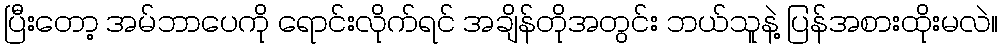
ပြီးတော့ အမ်ဘာပေကို ရောင်းလိုက်ရင် အချိန်တိုအတွင်း ဘယ်သူနဲ့ ပြန်အစားထိုးမလဲ။